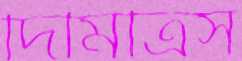
দিমিত্রিস